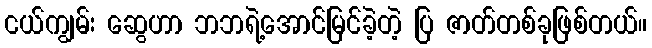
ငယ်ကျွမ်း ဆွေဟာ ဘဘရဲ့အောင်မြင်ခဲ့တဲ့ ပြ ဇာတ်တစ်ခုဖြစ်တယ်။